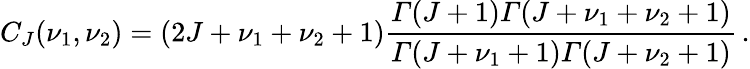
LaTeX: C_{J}(\nu_{1},\nu_{2})=(2J+\nu_{1}+\nu_{2}+1)\frac{{\mit\Gamma}(J+1){\mit\Gamma}(J+\nu_{1}+\nu_{2}+1)}{{\mit\Gamma}(J+\nu_{1}+1){\mit\Gamma}(J+\nu_{2}+1)}\, .